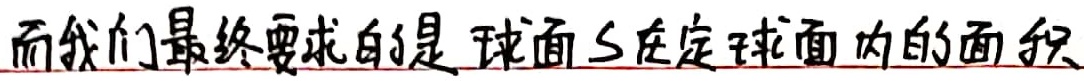
而我们最终要求的是 球面\(S\)在定球面内的面积